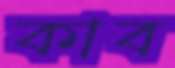
কাব